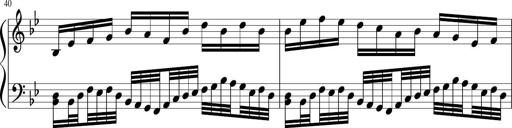
Title: Sonatina in F major
Composer: Ethan Ngo
Key: F major